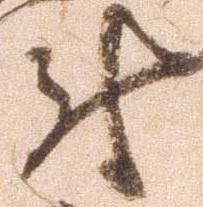
尉